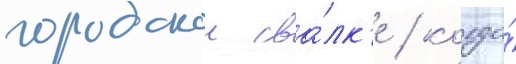
городскои сва́лк'е / когда́